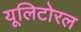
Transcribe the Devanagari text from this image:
यूलिटोरल